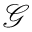
\mathcal { G }